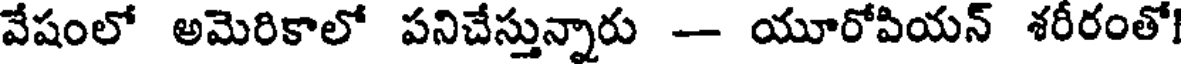
వేషంలో అమెరికాలో పనిచేస్తున్నారు - యూరోపియన్ శరీరంతో